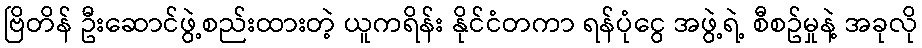
ဗြိတိန် ဦးဆောင်ဖွဲ့စည်းထားတဲ့ ယူကရိန်း နိုင်ငံတကာ ရန်ပုံငွေ အဖွဲ့ရဲ့ စီစဥ်မှုနဲ့ အခုလို